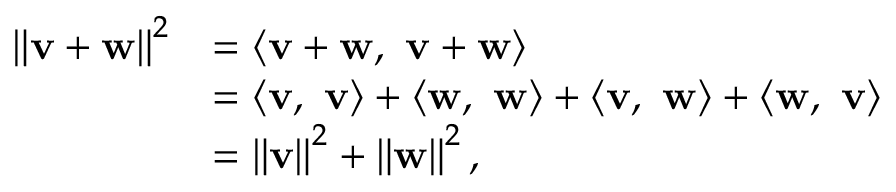
{ \begin{array} { r l } { \left\| \mathbf { v } + \mathbf { w } \right\| ^ { 2 } } & { = \langle \mathbf { v + w } , \ \mathbf { v + w } \rangle } \\ & { = \langle \mathbf { v } , \ \mathbf { v } \rangle + \langle \mathbf { w } , \ \mathbf { w } \rangle + \langle \mathbf { v , \ w } \rangle + \langle \mathbf { w , \ v } \rangle } \\ & { = \left\| \mathbf { v } \right\| ^ { 2 } + \left\| \mathbf { w } \right\| ^ { 2 } , } \end{array} }